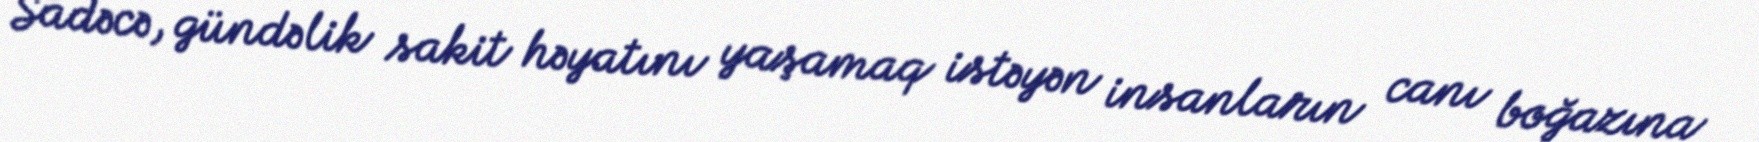
Sadəcə, gündəlik sakit həyatını yaşamaq istəyən insanların canı boğazına